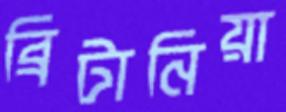
ব্রিটানিয়া